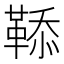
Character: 𩋅